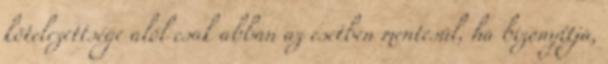
kötelezettsége alól csak abban az esetben mentesül, ha bizonyítja,